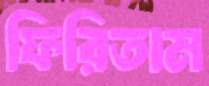
ফিরিতাম